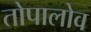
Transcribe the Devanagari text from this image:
तोपालोव